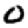
Digit: 0